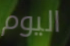
اليوم